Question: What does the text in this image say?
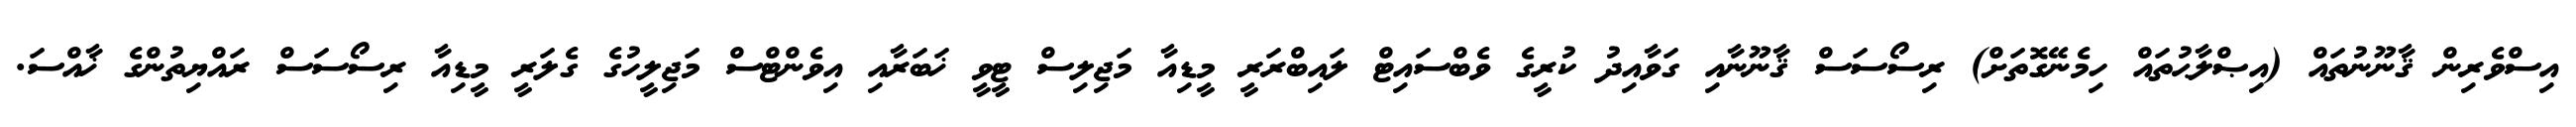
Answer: އިސްވެރިން ޤާނޫނުތައް (އިޞްލާޙުތައް ހިމެނޭގޮތަށް) ރިސޯސަސް ޤާނޫނާއި ގަވާއިދު ކުރީގެ ވެބްސައިޓް ލައިބްރަރީ މީޑިއާ މަޖިލިސް ޓީވީ ޚަބަރާއި އިވެންޓްސް މަޖިލީހުގެ ގެލަރީ މީޑިއާ ރިސޯސަސް ރައްޔިތުންގެ ޚާއްސަ.